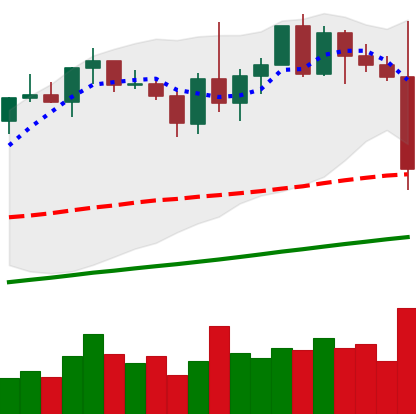
Ticker: XMR-USD
Chart end date: 2021-01-01
Forward return: 4.614%
Label: up_3_5